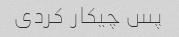
پس چیکار کردی